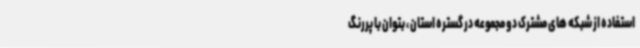
استفاده از شبکه های مشترک دو مجموعه در گستره استان ، بتوان با پررنگ